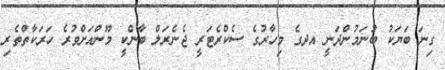
ގިނަ ބަޔަކު ބުނަމުންދަނީ އދގެ މިހާރުގެ ސެކްރެޓަރީ ޖެނެރަލް ބާންކީ މޫންއަށްވުރެ ހަރަކާތްތެރި